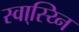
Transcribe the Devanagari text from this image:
स्वा्स्य्नि